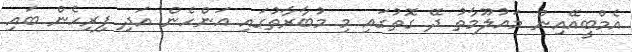
އެމްބީއޭއިން މައުލޫމާތު ދޭ ގޮތުގައި މި މުބާރާތުގައި އަންހެން އަދި ފިރިހެން ބައި